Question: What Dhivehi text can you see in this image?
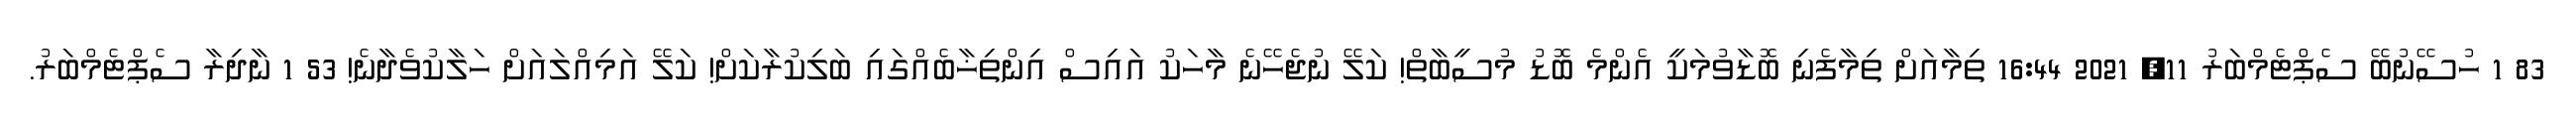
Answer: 83 1 ހުސޭނުބޭ ސެޕްޓެމްބަރު 11, 2021 16:44 ތިމާއަށް ތިމާފެނި ބޮޑާވުމަކީ އެންމެ ބޮޑު މުސީބާތް! ކަލޭ ނުޖެހޭނެ މާހަކު އައިސް އިންތިޚާބެއްގައި ބަލިކުރާކަށް! ކަލޭ އަމިއްލައަށް ހަލާކުވެދާނެ! 53 1 ނާދިރާ ސެޕްޓެމްބަރު.